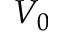
V _ { 0 }